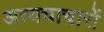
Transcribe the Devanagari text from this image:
अत्यचाचारों